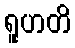
ရူဟတိ